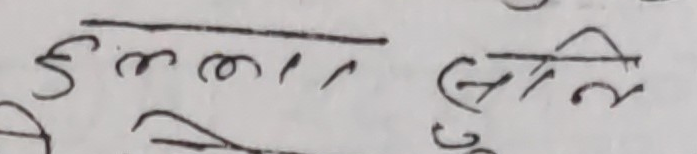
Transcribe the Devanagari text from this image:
हुल्ल सेलि